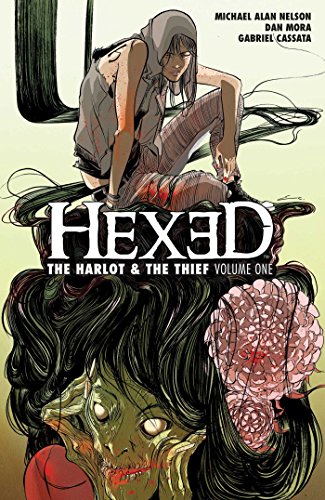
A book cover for Hexed: The Harlot & The Thief Vol. 1; Michael Alan Nelson; Comics & Graphic Novels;